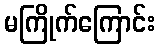
မကြိုက်ကြောင်း